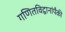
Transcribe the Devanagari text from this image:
गणितविद्वानांपैकी